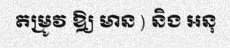
តម្រូវ ឱ្យ មាន ) និង អនុ